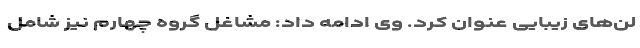
لن‌های زیبایی عنوان کرد. وی ادامه داد: مشاغل گروه چهارم نیز شامل